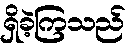
ရှိခဲ့ကြသည်